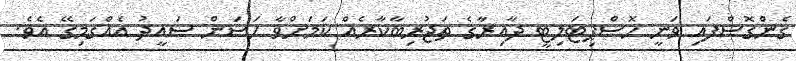
ގެންގޮސްފައި ވަނީ ހޮސްޕިޓަލިޓީ ދާއިރާގެ ތަޖުރިބާކާރެއް ކަމަށްވާ ހަސަން ސައީދު އެއްގަމިގޭ އެވެ.